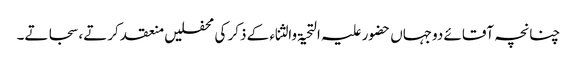
چنانچہ آقائے دوجہاں حضور علیہ التحیۃ والثناء کے ذکر کی محفلیں منعقد کرتے، سجاتے۔